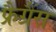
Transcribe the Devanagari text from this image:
फ्रैग्रैंस